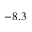
- 8 . 3